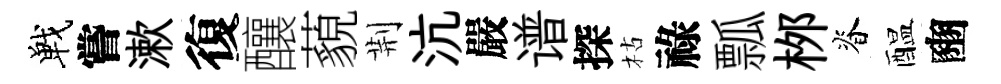
戰嘗漱復釀藐荆沆嚴谱探枯祿瓢桞脊醖豳